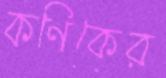
কণিকের